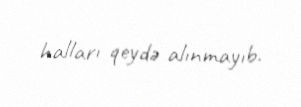
halları qeydə alınmayıb.